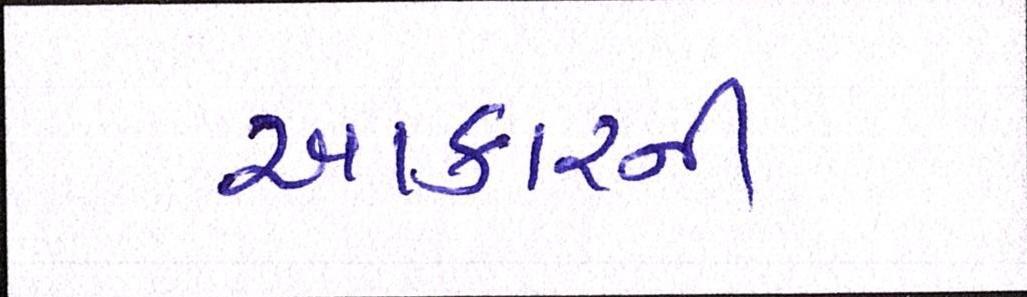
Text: આકારની